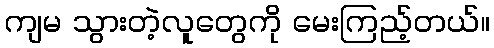
ကျမ သွားတဲ့လူတွေကို မေးကြည့်တယ်။